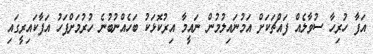
އަފާ ހުރިހާ ސުވާލެއް ފައްޗަކަށް އަމުނައިލުމުން ނައީމާ އިރުކޮޅަކު ބަހެއްނުބުނެ ހުރުމަށްފަހު އަފާކައިރީގައި